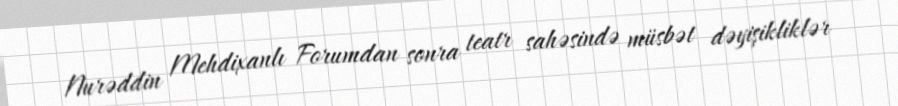
Nurəddin Mehdixanlı Forumdan sonra teatr sahəsində müsbət dəyişikliklər